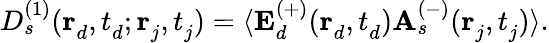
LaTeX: \begin{array}{r}{D_{s}^{(1)}(\mathbf{r}_{d}^{},t_{d}^{};\mathbf{r}_{j}^{},t_{j}^{})=\langle\mathbf{E}_{d}^{(+)}(\mathbf{r}_{d}^{},t_{d}^{})\mathbf{A}_{s}^{(-)}(\mathbf{r}_{j}^{},t_{j}^{})\rangle.}\end{array}